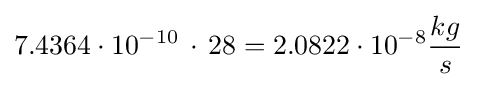
7.4364\cdot 10^{-10}\,\cdot \,28=2.0822\cdot 10^{-8}{\frac {kg}{s}}